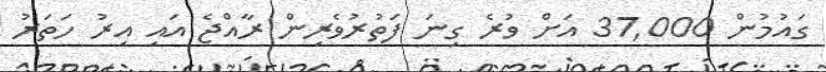
ގައުމުން 37